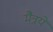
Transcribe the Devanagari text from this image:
मैत्रये